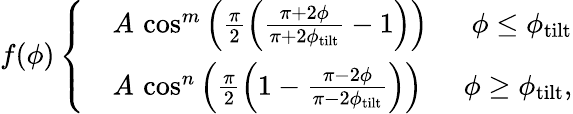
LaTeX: f(\phi)\left\{ \begin{array}{rlr}&{A\, \cos^{m}\left(\frac{\pi}{2}\left(\frac{\pi+2\phi}{\pi+2\phi_{\mathrm{tilt}}}-1\right)\right)\; }&{\phi\leq\phi_{\mathrm{tilt}}}\\ &{A\, \cos^{n}\left(\frac{\pi}{2}\left(1-\frac{\pi-2\phi}{\pi-2\phi_{\mathrm{tilt}}}\right)\right)\; }&{\phi\geq\phi_{\mathrm{tilt}},}\end{array}\right.